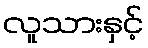
လူသားနှင့်